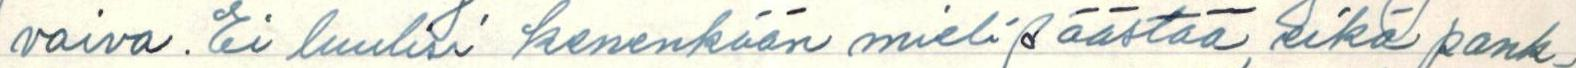
vaiva. Ei luulisi kenenkään mieli säästää, eikä pank-